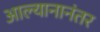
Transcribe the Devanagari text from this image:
आल्यानानंतर